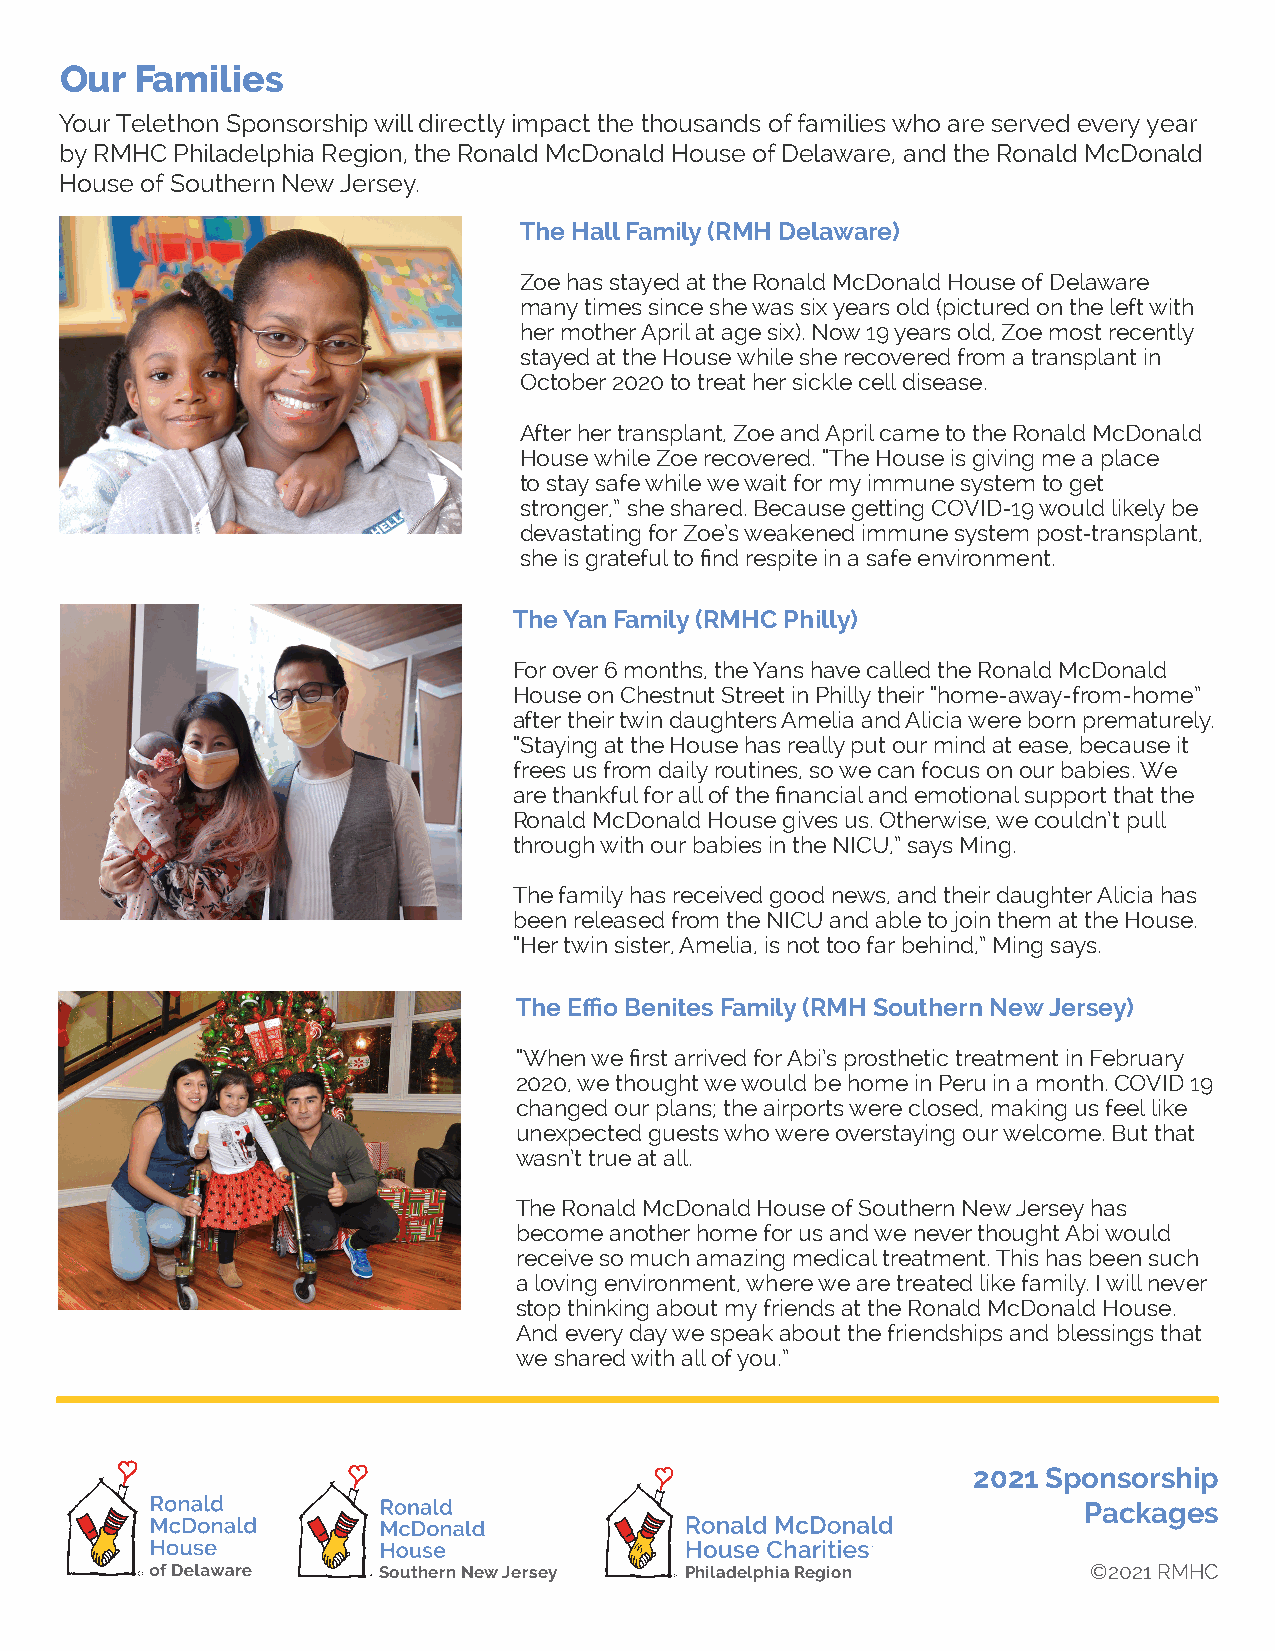
Our  Families
 Your Telethon Sponsorship will directly impact the thousands of families who are served every year
 by RMHC Philadelphia Region, the Ronald McDonald House of Delaware, and the Ronald McDonald
 House of Southern New Jersey.
 The Hall Family (RMH Delaware)
 Zoe has stayed at the Ronald McDonald House of Delaware
 many times since she was six years old (pictured on the left with
 her mother April at age six). Now 19 years old, Zoe most recently
 stayed at the House while she recovered from a transplant in
 October 2020 to treat her sickle cell disease.
 After her transplant, Zoe and April came to the Ronald McDonald
 House while Zoe recovered. “The House is giving me a place
 to stay safe while we wait for my immune system to get
 stronger,” she shared. Because getting COVID-19 would likely be
 devastating for Zoe’s weakened immune system post-transplant,
 she is grateful to find respite in a safe environment.
 The Yan Family (RMHC Philly)
 For over 6 months, the Yans have called the Ronald McDonald
 House on Chestnut Street in Philly their “home-away-from-home”
 after their twin daughters Amelia and Alicia were born prematurely.
 “Staying at the House has really put our mind at ease, because it
 frees us from daily routines, so we can focus on our babies. We
 are thankful for all of the financial and emotional support that the
 Ronald McDonald House gives us. Otherwise, we couldn’t pull
 through with our babies in the NICU,” says Ming.
 The family has received good news, and their daughter Alicia has
 been released from the NICU and able to join them at the House.
 “Her twin sister, Amelia, is not too far behind,” Ming says.
 The Effio Benites Family (RMH Southern New Jersey)
 “When we first arrived for Abi’s prosthetic treatment in February
 2020, we thought we would be home in Peru in a month. COVID 19
 changed our plans; the airports were closed, making us feel like
 unexpected guests who were overstaying our welcome. But that
 wasn’t true at all.
 The Ronald McDonald House of Southern New Jersey has
 become another home for us and we never thought Abi would
 receive so much amazing medical treatment. This has been such
 a loving environment, where we are treated like family. I will never
 stop thinking about my friends at the Ronald McDonald House.
 And every day we speak about the friendships and blessings that
 we shared with all of you.”
 2021 Sponsorship
 Packages
 Southern New Jersey Philadelphia Region        ©2021 RMHC